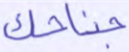
جناحك